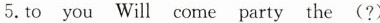
5.to you Will come party the (?)